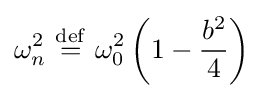
\omega _{n}^{2}\ {\stackrel {\mathrm {def} }{=}}\ \omega _{0}^{2}\left(1-{\frac {b^{2}}{4}}\right)